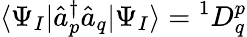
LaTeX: \langle\Psi_{I}|\hat{a}_{p}^{\dagger}\hat{a}_{q}|\Psi_{I}\rangle={}^{1}D_{q}^{p}